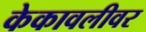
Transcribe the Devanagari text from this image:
केकावलीवर